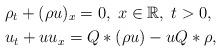
LaTeX: \begin{align*}& \rho_t +(\rho u)_x=0,\; x\in \mathbb{R}, \; t>0,\\& u_t + u u_x=Q\ast (\rho u) -u Q \ast \rho,\end{align*}